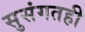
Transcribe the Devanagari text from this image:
सुसंगतही